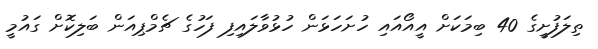
ތިލަފުށީގެ 40 ބިމަކަށް އީއޯއައި ހުށަހަޅަން ހުޅުވާލައިފި ފަހުގެ ޗެމްޕިއަން ބަލިކޮށް ގައުމީ